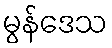
မွန်ဒေသ